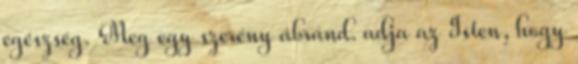
egészség. Meg egy szerény ábránd. adja az Isten, hogy